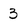
Character: 3